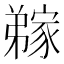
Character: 𭛊